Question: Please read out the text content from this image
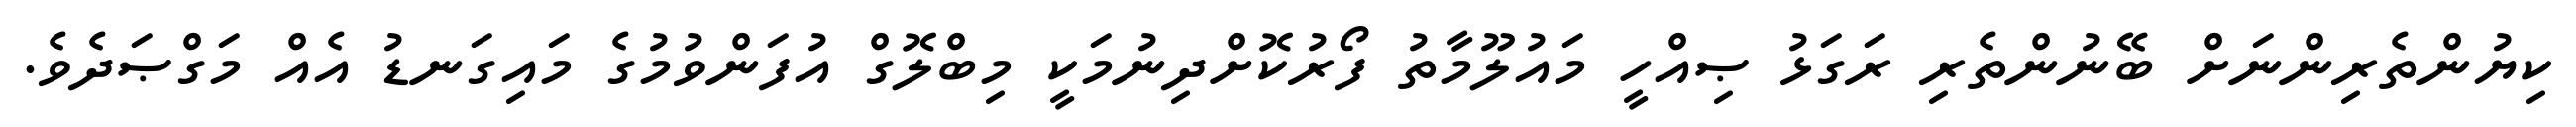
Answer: ކިޔުންތެރިންނަށް ބޭނުންތެރި ރަގަޅު ޞިއްހީ މައުލޫމާތު ފޯރުކޮށްދިނުމަކީ މިބްލޮގް އުފަންވުމުގެ މައިގަނޑު އެއް މަގްޞަދެވެ.